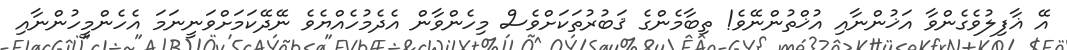
އޭ ޣާފިލުވެގެންވާ އަޚުންނާއި އުޚްތުންނޭވެ! ތިބާމެންގެ ޤަބުރުތަކަށްވެސް މިހެންވާން އެދެމުހެއްޔެވެ ނޭދޭކަމަށްވަނީނަމަ އެހެންމީހުންނާއި